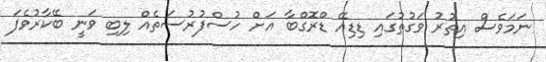
ނަމަވެސް އިތުރު ވަގުތުގައި ޑިޑިއޭ ޑްރޮގްބާ އަށް ހުސްފުރުސަތެއް ލިބި ވަނީ ބޭކާރުވެފަ